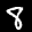
Label: 8